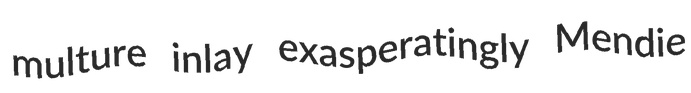
multure inlay exasperatingly Mendie